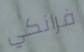
فرانكي